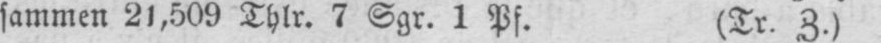
sammen 21,509 Thlr. 7 Sgr. 1 Pf. (Tr. Z.)